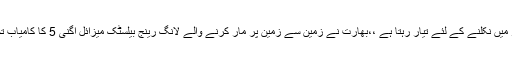
04 جون2018ء) بھارت مسلسل اسلحہ کی دوڑ میں نکلنے کے لئے تیار رہتا ہے ،،بھارت نے زمین سے زمین پر مار کرنے والے لانگ رینج بیلسٹک میزائل اگنی 5 کا کامیاب تجربہ کر لیا، میزائل کی حد 5 ہزار کلومیٹر ہے۔